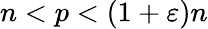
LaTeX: n<p<(1+\varepsilon)n